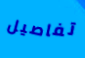
تفاصيل